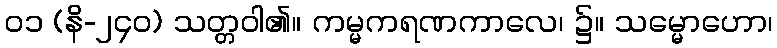
၀၁ (နိ-၂၄၀) သတ္တဝါ၏။ ကမ္မကရဏကာလေ၊ ၌။ သမ္မောဟော၊